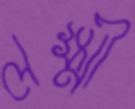
লক্ষ্মী